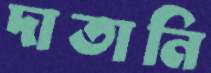
দাতানি